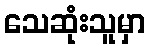
သေဆုံးသူမှာ